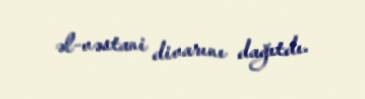
əl-vəstani divarını dağıtdı.